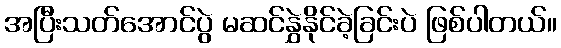
အပြီးသတ်အောင်ပွဲ မဆင်နွှဲနိုင်ခဲ့ခြင်းပဲ ဖြစ်ပါတယ်။